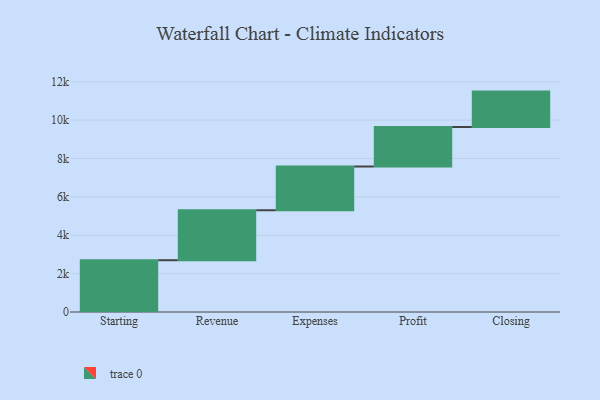
{"axis": {"x": "Step", "y": "Value"}, "legend": [""], "data": [{"x": "Starting", "y": 2699.0, "type": ""}, {"x": "Revenue", "y": 2603.0, "type": ""}, {"x": "Expenses", "y": 2280.0, "type": ""}, {"x": "Profit", "y": 2059.0, "type": ""}, {"x": "Closing", "y": 1844.0, "type": ""}]}